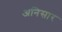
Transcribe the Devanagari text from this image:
अनिसार